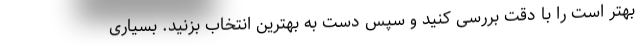
بهتر است را با دقت بررسی کنید و سپس دست به بهترین انتخاب بزنید. بسیاری